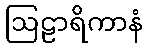
ဩဠာရိကာနံ